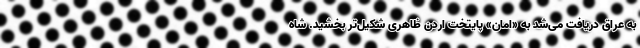
به عراق دریافت می‌شد به «امان» پایتخت اردن ظاهری شکیل‌تر بخشید. شاه